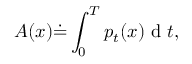
A ( x ) \dot { = } \int _ { 0 } ^ { T } p _ { t } ( x ) \mathrm { ~ d ~ } t ,